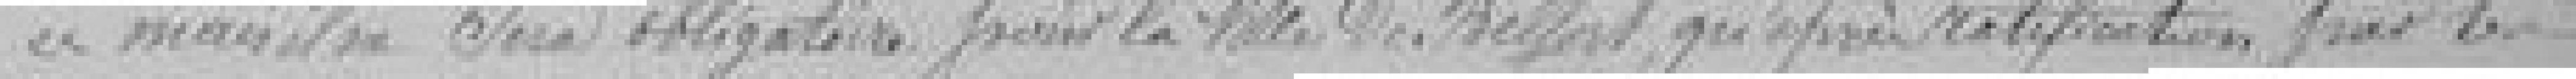
mais il ne sera obligatoire pour la ville de Belfort qu'après ratification par les